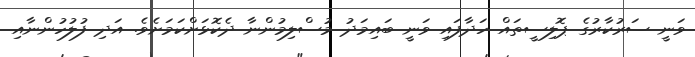
ވަނީ ސަރުކާރުގެ ޕޮލިސީތައް ހަދާފައި ވަނީ ބައިމަދު މުސްލިމުންނާ ދެކޮޅަށްކަމަށެވެ. އަދި ފުލުހުންނާއި